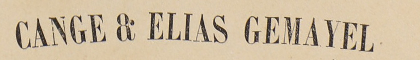
CANGE & ELIAS
 GEMAYEL